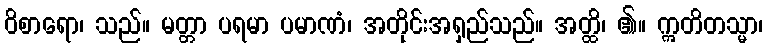
ဝိစာရော၊ သည်။ မတ္တာ ပရမာ ပမာဏံ၊ အတိုင်းအရှည်သည်။ အတ္ထိ၊ ၏။ ဣတိတသ္မာ၊